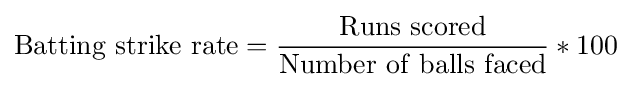
\mathrm {Batting~strike~rate} ={\frac {\mathrm {Runs~scored} }{\mathrm {Number~of~balls~faced} }}*\mathrm {100}